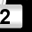
Digit: 2